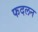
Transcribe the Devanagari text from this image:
फदलन